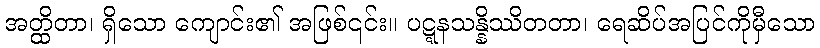
အတ္ထိတာ၊ ရှိသော ကျောင်း၏ အဖြစ်၎င်း။ ပဋ္ဋနသန္နိဿိတတာ၊ ရေဆိပ်အပြင်ကိုမှီသော